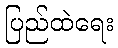
ပြည်ထဲရေး